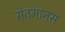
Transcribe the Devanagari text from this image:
संतमानस